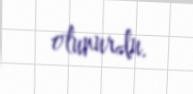
olunurdu.